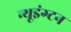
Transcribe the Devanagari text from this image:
न्यूइंग्टन